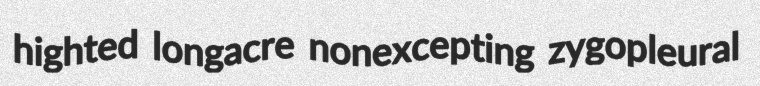
highted longacre nonexcepting zygopleural